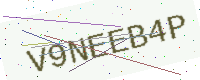
Text: V9NEEB4P